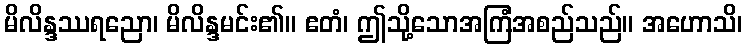
မိလိန္ဒဿရညော၊ မိလိန္ဒမင်း၏။ ဧတံ၊ ဤသို့သောအကြံအစည်သည်။ အဟောသိ၊